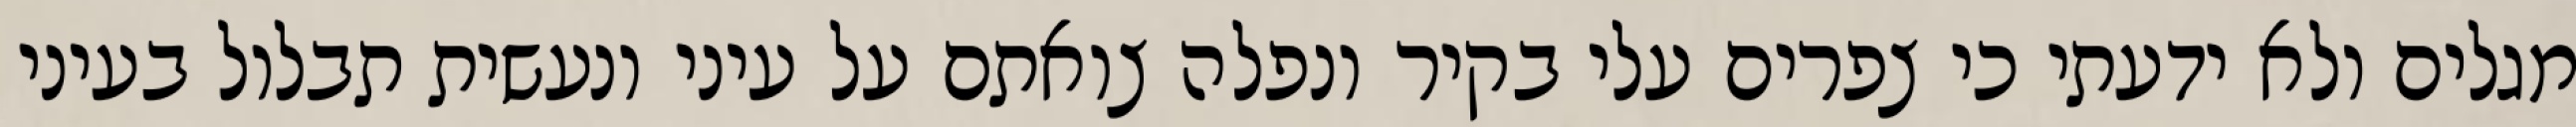
מגלים ולא ידעתי כי צפרים עלי בקיר‏ ונפלה צואתם על עיני ונעשית תבלול בעיני